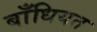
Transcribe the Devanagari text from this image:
बाँधियत